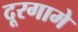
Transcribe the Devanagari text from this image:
दूरगामे